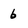
Character: b